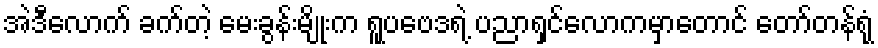
အဲဒီလောက် ခက်တဲ့ မေးခွန်းမျိုးက ရူပဗေဒရဲ့ ပညာရှင်လောကမှာတောင် တော်တန်ရုံ